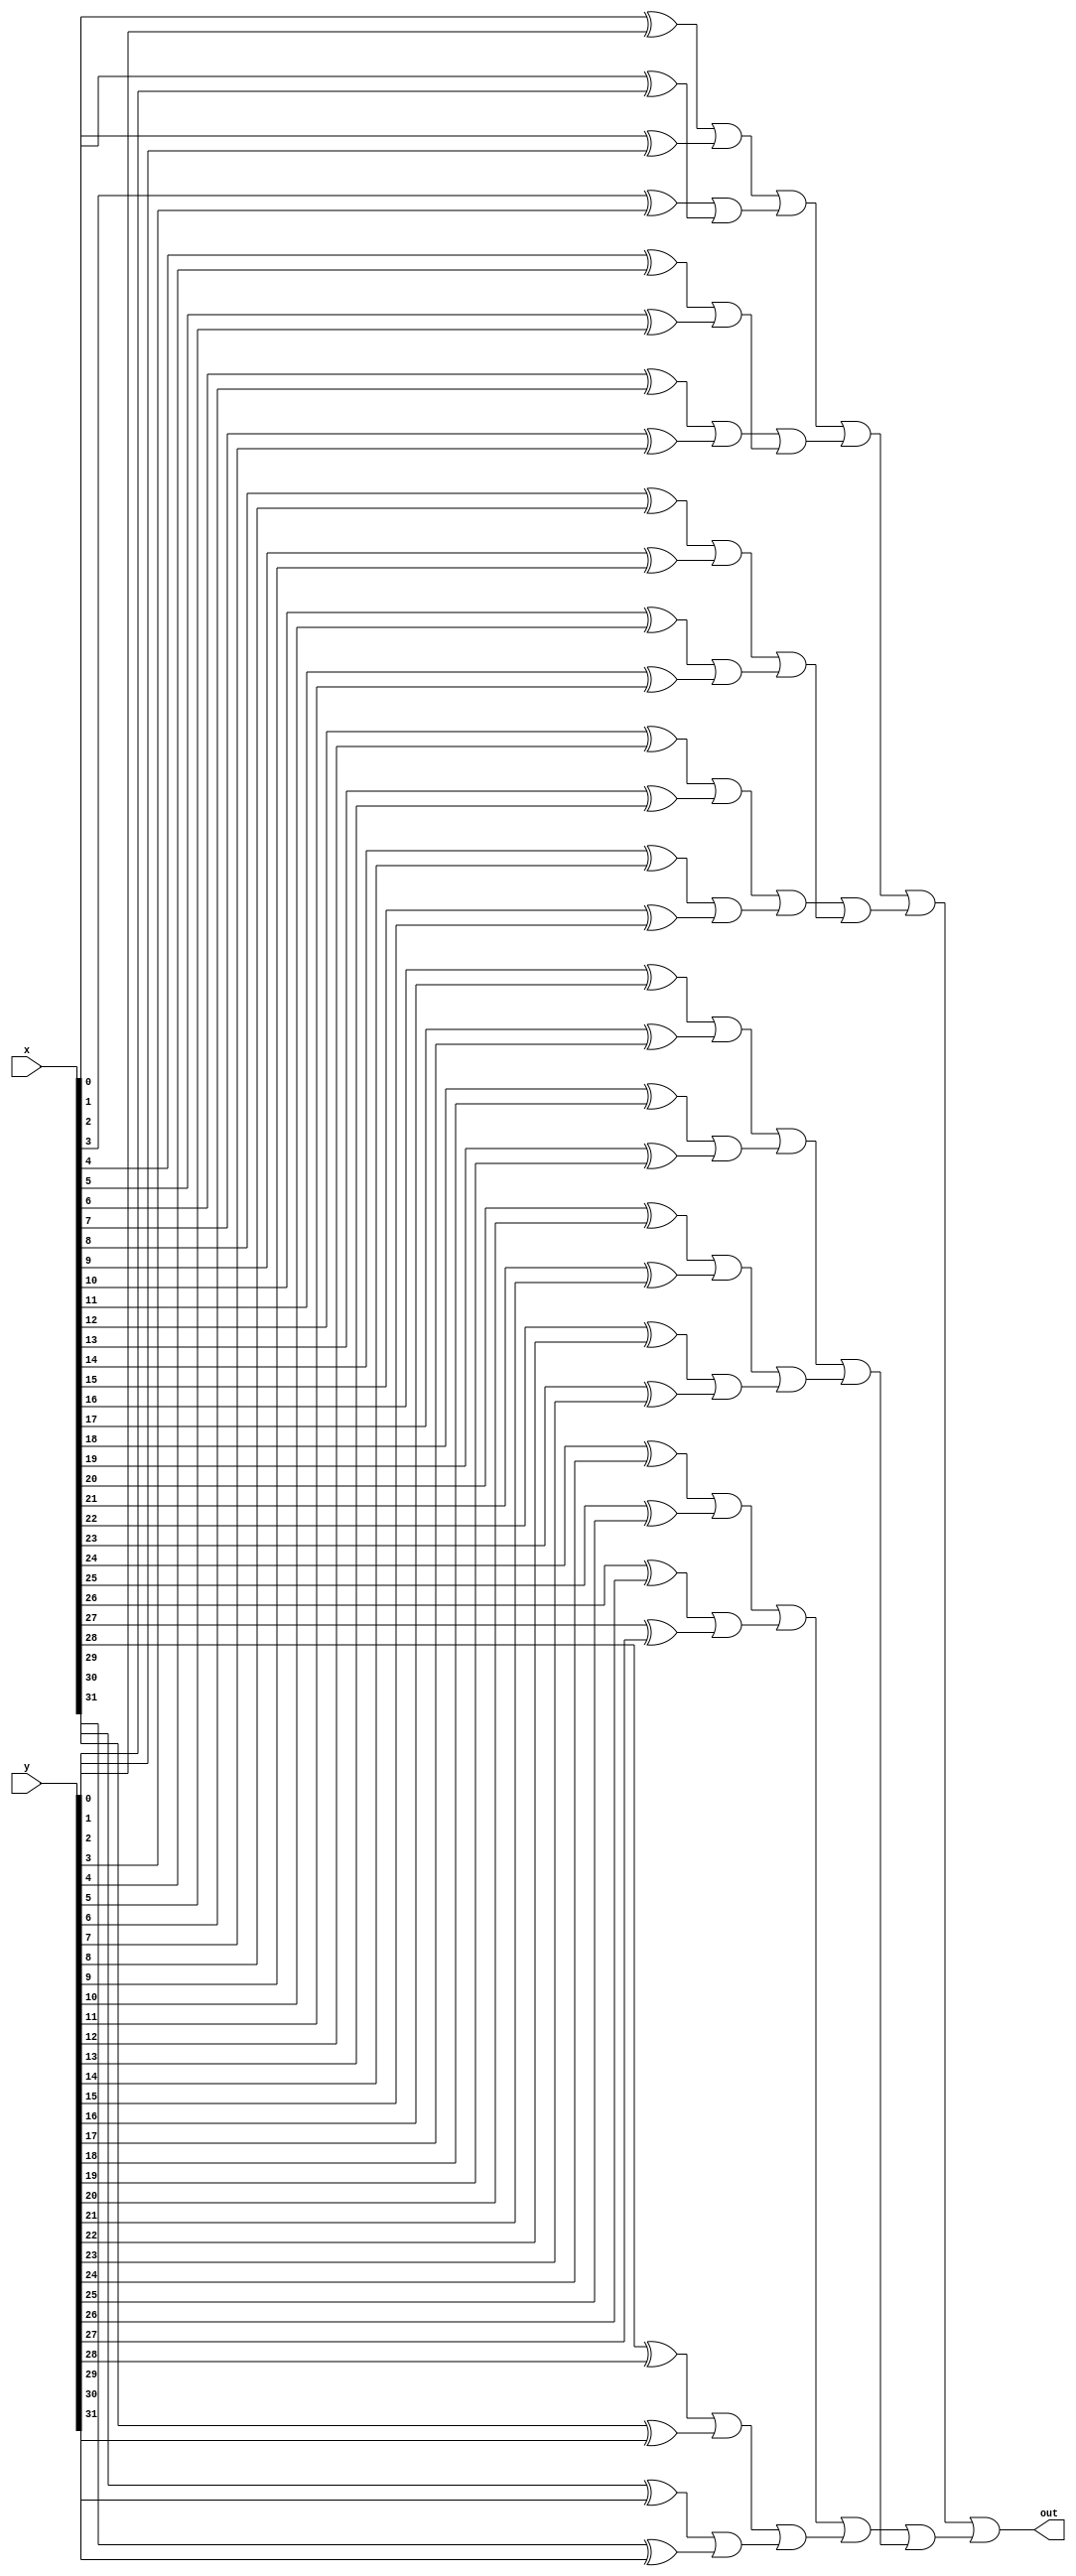
module isNotEqual_gate32(out, x, y);
	output out;
	input [31:0] x,y;
	wire [31:0] a;
	wire [15:0] b;
	wire [7:0] c;
	wire [3:0] d;
	wire [1:0] e;
	
	
	xor n0(a[0], x[0], y[0]);
	xor n1(a[1], x[1],y[1]);
	xor n2(a[2], x[2],y[2]);
	xor n3(a[3], x[3],y[3]);
	xor n4(a[4], x[4],y[4]);
	xor n5(a[5], x[5],y[5]);
	xor n6(a[6], x[6],y[6]);
	xor n7(a[7], x[7],y[7]);
	xor n8(a[8], x[8],y[8]);
	xor n9(a[9], x[9],y[9]);
	xor n10(a[10], x[10],y[10]);
	xor n11(a[11], x[11],y[11]);
	xor n12(a[12], x[12],y[12]);
	xor n13(a[13], x[13],y[13]);
	xor n14(a[14], x[14],y[14]);
	xor n15(a[15], x[15],y[15]);
	
	xor n16(a[16], x[16],y[16]);
	xor n17(a[17], x[17],y[17]);
	xor n18(a[18], x[18],y[18]);
	xor n19(a[19], x[19],y[19]);
	xor n20(a[20], x[20],y[20]);
	xor n21(a[21], x[21],y[21]);
	xor n22(a[22], x[22],y[22]);
	xor n23(a[23], x[23],y[23]);
	xor n24(a[24], x[24],y[24]);
	xor n25(a[25], x[25],y[25]);
	xor n26(a[26], x[26],y[26]);
	xor n27(a[27], x[27],y[27]);
	xor n28(a[28], x[28],y[28]);
	xor n29(a[29], x[29],y[29]);
	xor n30(a[30], x[30],y[30]);
	xor n31(a[31], x[31],y[31]);
	
	or n00(b[0], a[0], a[1]);
	or n01(b[1], a[3],a[2]);
	or n02(b[2], a[4],a[5]);
	or n03(b[3], a[6],a[7]);
	or n04(b[4], a[8],a[9]);
	or n05(b[5], a[10],a[11]);
	or n06(b[6], a[12],a[13]);
	or n07(b[7], a[14],a[15]);
	or n08(b[8], a[16],a[17]);
	or n09(b[9], a[18],a[19]);
	or n010(b[10], a[20],a[21]);
	or n011(b[11], a[22],a[23]);
	or n012(b[12], a[24],a[25]);
	or n013(b[13], a[26],a[27]);
	or n014(b[14], a[28],a[29]);
	or n015(b[15], a[30],a[31]);
	
	or n000(c[0], b[0], b[1]);
	or n001(c[1], b[3], b[2]);
	or n002(c[2], b[4], b[5]);
	or n003(c[3], b[6], b[7]);
	or n004(c[4], b[8], b[9]);
	or n005(c[5], b[10],b[11]);
	or n006(c[6], b[12],b[13]);
	or n007(c[7], b[14],b[15]);
	
	or n0000(d[0], c[0], c[1]);
	or n0001(d[1], c[3], c[2]);
	or n0002(d[2], c[4], c[5]);
	or n0003(d[3], c[6], c[7]);
	
	or n00000(e[0], d[0], d[1]);
	or n00001(e[1], d[3], d[2]);
	
	or n000000(out, e[0], e[1]);
	
endmodule